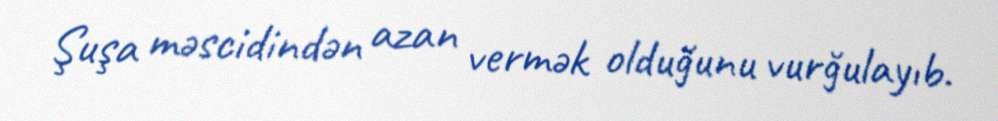
Şuşa məscidindən azan vermək olduğunu vurğulayıb.